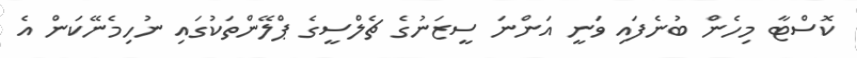
ކޮސްޓާ މިހެން ބުނެފައި ވަނީ އަންނަ ސީޒަނުގެ ޗެލްސީގެ ޕްލޭންތަކުގައި ނުހިމެނޭކަން އެ